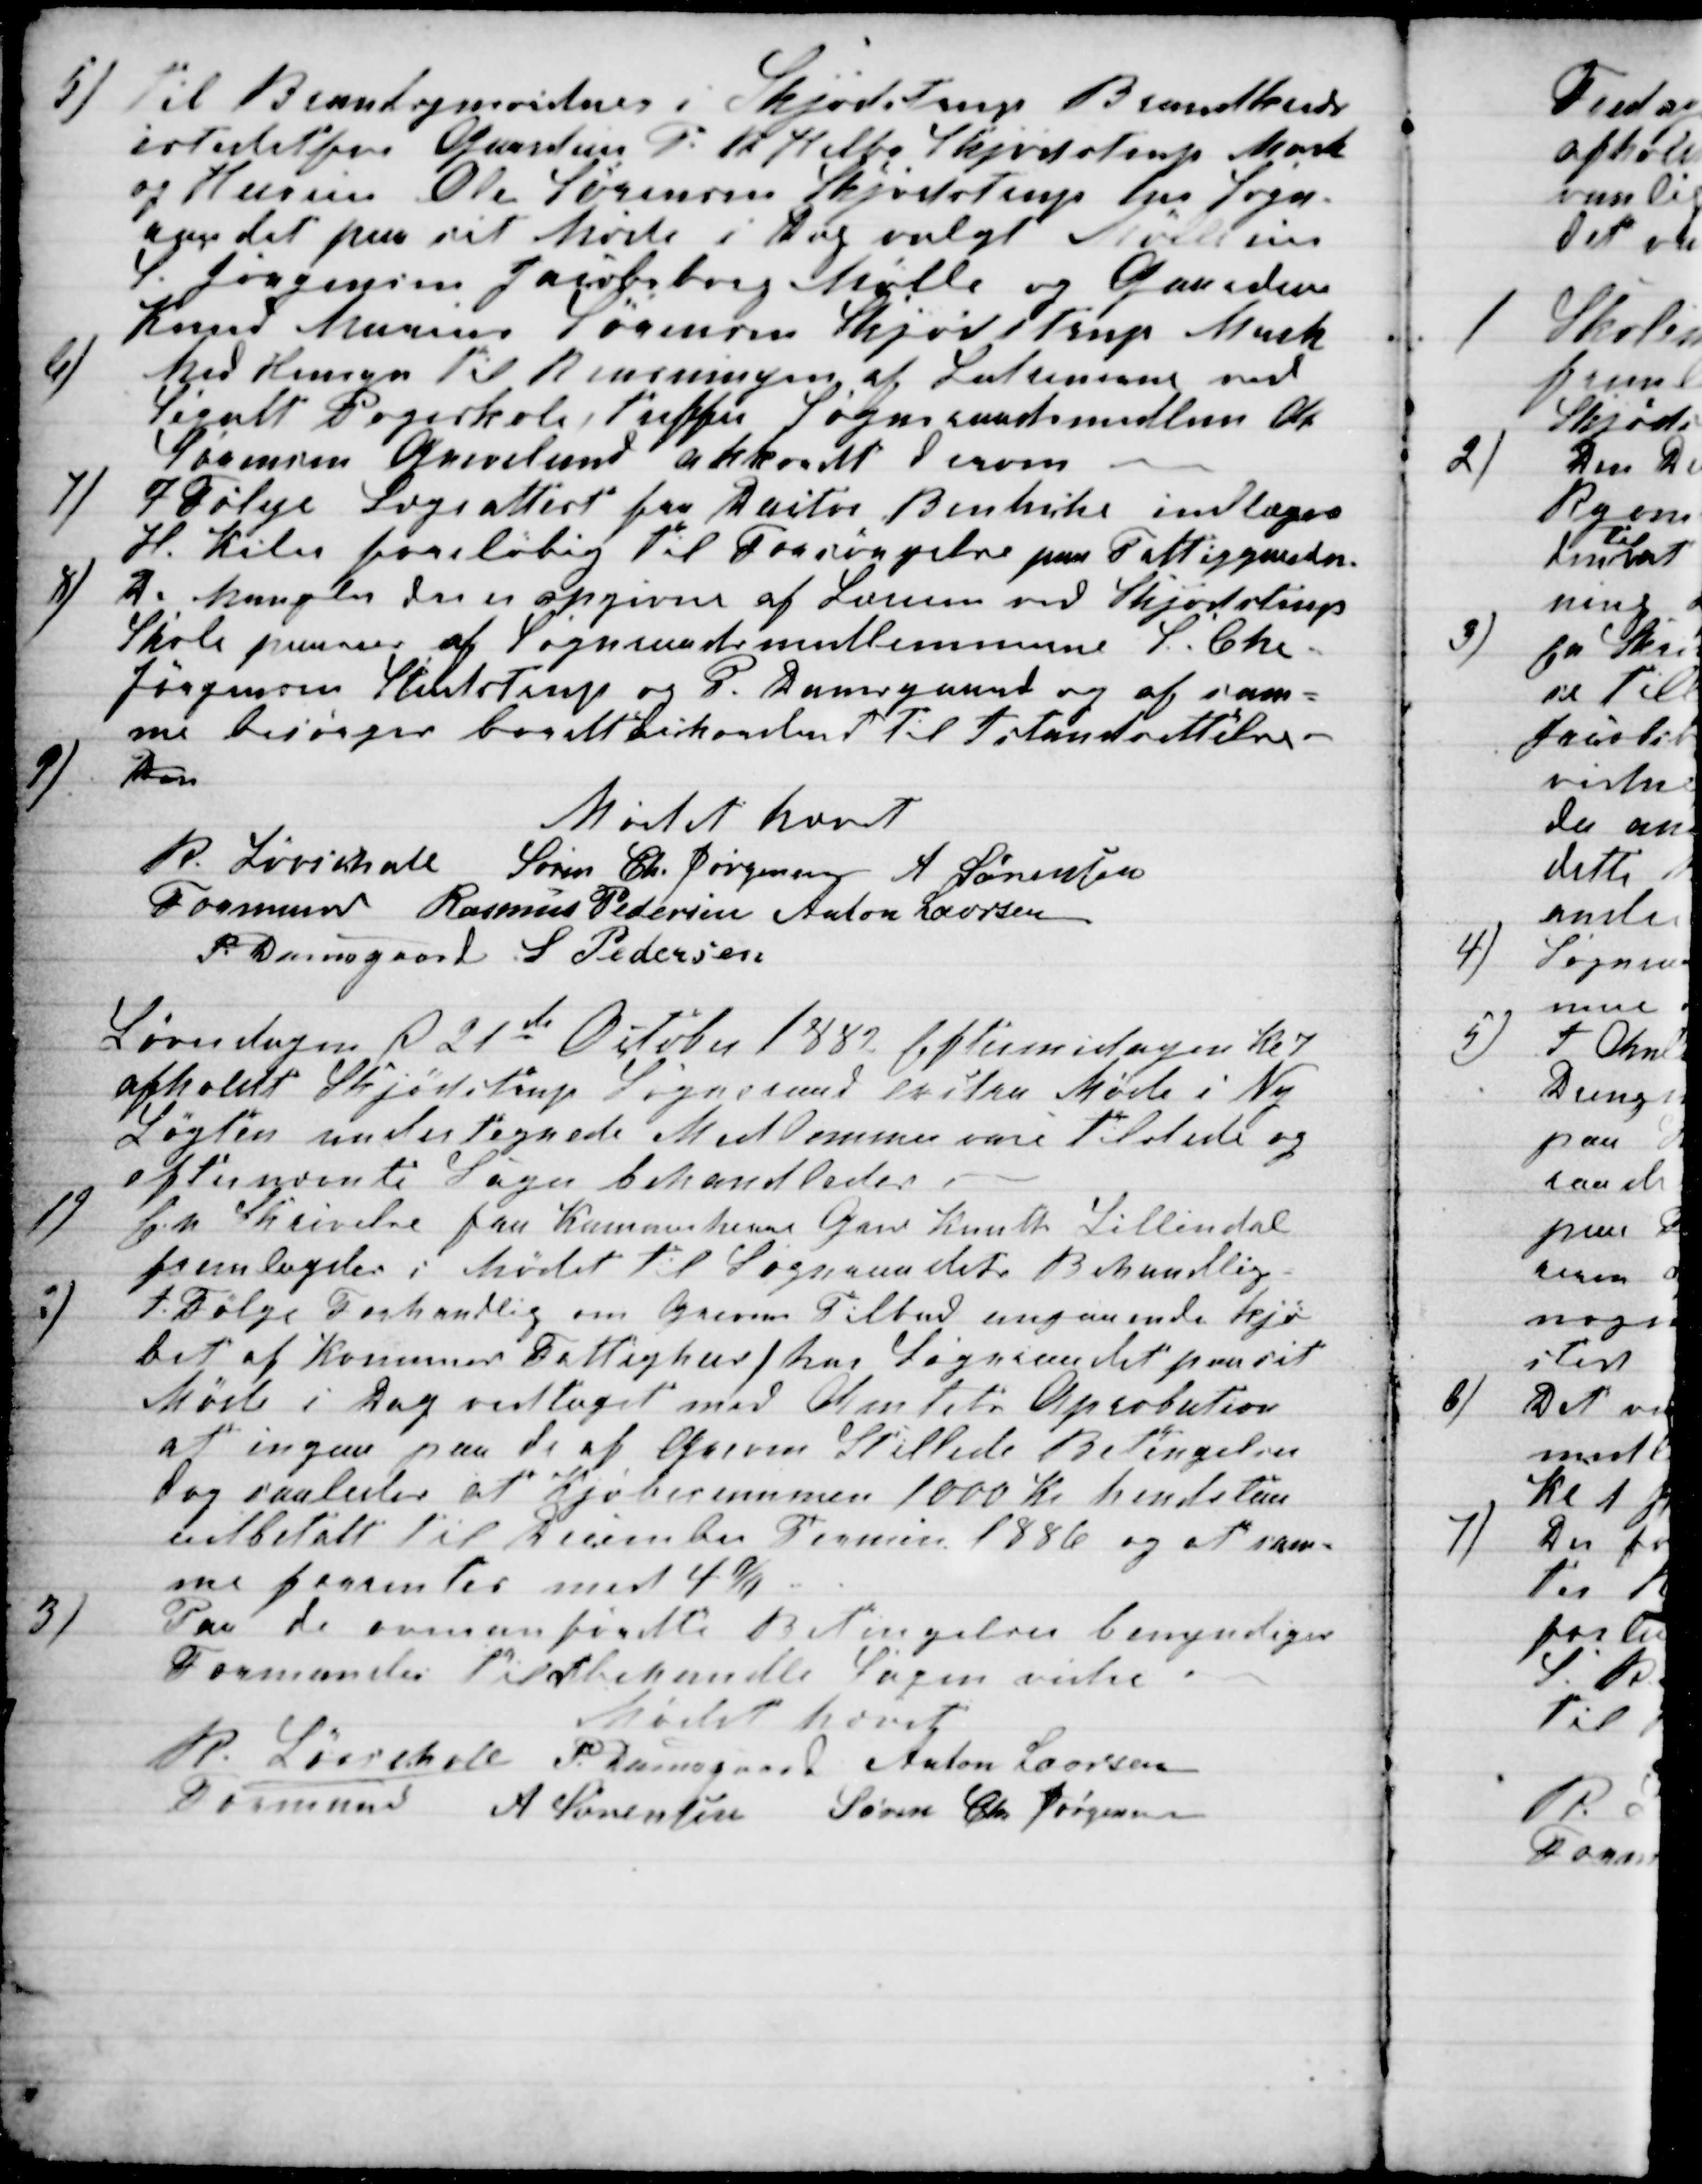
Transskription:
5) Til Brandsynsvidner i Skjødstrup Brandkreds
istedetfor Gaardeier P. R. Helbo Skjødstrup Mark
og Huseier Ole Sørensen Skjødstrup har Sogn-
raadet paa sit Møde i Dag valgt Mølleeier
S. Jørgensen Jacobsborg Mølle og Gaardeier
Knud Marius Sørensen Skjødstrup Mark
6)
Med Hensyn til Rensningen af Latrinerne ved
Segalt Pogeskole, treffer Sogneraadsmedlem A
Sørensen Grevelund akkordt derom
7) I Følge Lægeattest fra Pastor Behncke indlæges
H. Kiler foreløbig til Forsørgelse paa Fattiggaarden.
8)
De Mangler der er opgivne af Læreren ved Skjødstrups
Skole paases af Sognraadsmedlemmerne S. Chr.
Jørgensen Studstrup og P. Damsgaard og af sam-
me besørges bordtackorderet til Istandsettelse.
9)
Den
Mødet hævet
R. Løvschall 
Formand
Søren Chr Jørgensen A Sørensen
Rasmus Pedersen Anton Laursen
P Damsgaard S Pedersen
Løverdagen d 21de October 1882 Eftermidagen Kl 7
afholdt Skjødstrup Sogneraad exstra Møde i Ny
Løgten undertegnede Medlemmer vare tilstede og
efternævnte Sager behandledes.
1)
En Skrivelse fra Kammerherre Greve Knuth Lillindal
fremlagdes i Mødet til Sogneraadets Behandling.
2)
I Følge Forhandlig om Grevens Tilbud angaaende kjø-
bet af Komunes Fattighus, har Sogneraadet paa sit
Møde i Dag vedtaget med Amtets Aprobation
at ingaa paa de af Greven Stillede Betingelser
dog saaledes at Kjøbesummen 1000 Kr hendstaar
udbetalt til December Termin 1886 og at sam-
me forrentes med 4 %
3)
Paa de ovenanførdte Betingelser bemyndiges
Formanden til at behandle Sagen vidre
Mødet hævet
R. Løvschall
Formand
P. Damsgaard Anton Laursen
A. Sørensen Søren Chr Jørgensen